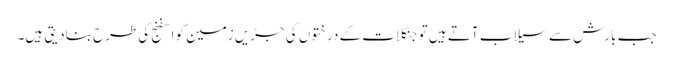
جب بارش سے سیلاب آتے ہیں تو جنگلات کے درختوں کی جڑیں زمین کو اسفنج کی طرح بنادیتی ہیں۔